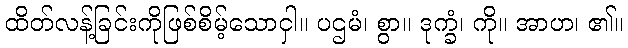
ထိတ်လန့်ခြင်းကိုဖြစ်စိမ့်သောငှါ။ ပဌမံ၊ စွာ။ ဒုက္ခံ၊ ကို။ အာဟ၊ ၏။